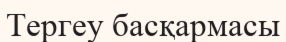
Тергеу басқармасы